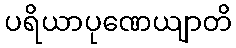
ပရိယာပုဏေယျာတိ